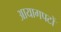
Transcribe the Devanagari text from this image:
आयागपटों